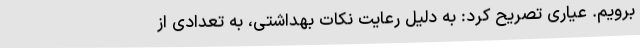
برویم. عیاری تصریح کرد: به دلیل رعایت نکات بهداشتی، به تعدادی از